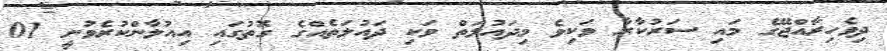
ދިވެހިރާއްޖޭގެ މައި ސަރުކާރާ ވަކިވެ މިދައުލަތް ވަކި ދައުލަތެއްގެ ގޮތުގައި އިއުލާންކުރެވުނީ 01